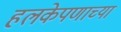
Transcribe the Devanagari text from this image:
हलकेपणाच्या